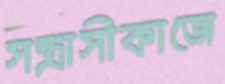
সন্ত্রাসীকাজে